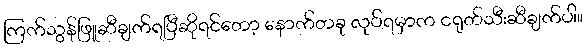
ကြက်သွန်ဖြူဆီချက်ရပြီဆိုရင်တော့ နောက်တခု လုပ်ရမှာက ငရုတ်သီးဆီချက်ပါ။